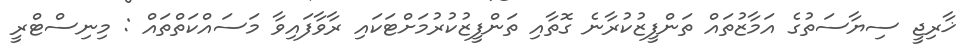
ޚާރިޖީ ސިޔާސަތުގެ އަމާޒުތައް ތަންފީޒުކުރާނެ ގޮތާއި ތަންފީޒުކުރުމަށްޓަކައި ރާވާފައިވާ މަސައްކަތްތައް : މިނިސްޓްރީ